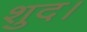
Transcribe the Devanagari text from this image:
शुद।